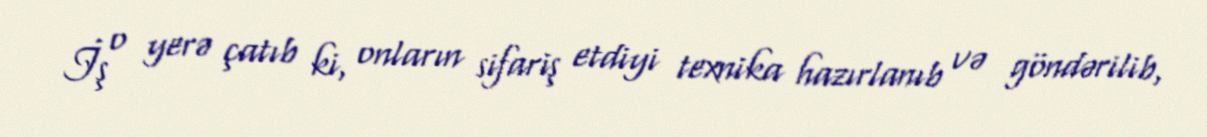
İş o yerə çatıb ki, onların sifariş etdiyi texnika hazırlanıb və göndərilib,